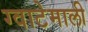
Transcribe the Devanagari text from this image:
ग्वाटेमाली